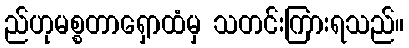
ည်ဟုမစ္စတာရှောထံမှ သတင်းကြားရသည်။